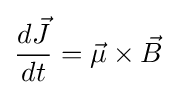
{\frac {d{\vec {J}}}{dt}}={\vec {\mu }}\times {\vec {B}}